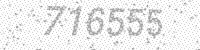
Solution: 716555